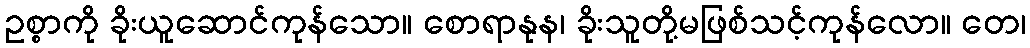
ဥစ္စာကို ခိုးယူဆောင်ကုန်သော။ စောရာနုန၊ ခိုးသူတို့မဖြစ်သင့်ကုန်လော။ တေ၊